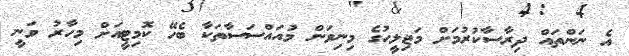
އެ ނަންތައް ދިރާސާކުރުމަށް މަޖިލީހުގެ މިނިވަން މުއައްސަސާތަކާ ބެހޭ ކޮމިޓީއަށް މިހާރު ވަނީ